Note on the mental hospitals in Burma - 1925-1940
Year: 1925
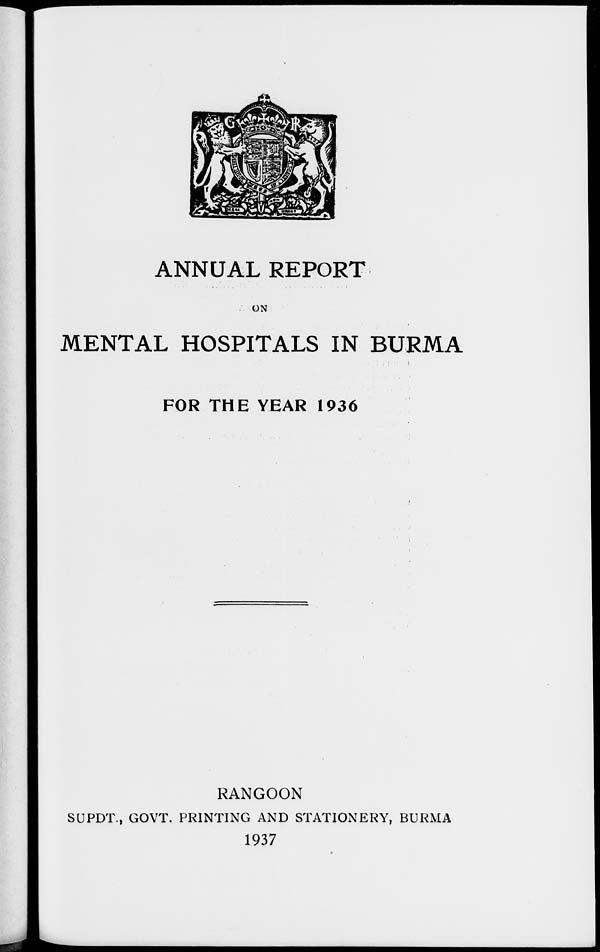
ANNUAL REPORT
ON
MENTAL HOSPITALS IN BURMA
FOR THE YEAR 1936
RANGOON
SUPDT., GOVT. PRINTING AND STATIONERY, BURMA
1937